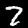
Digit: 7